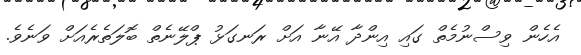
އެހެން ވިސްނުމެތް ގައި އިންދާ އޭނާ އަށް ރަނގަޅު ޕްލޭނެތް ބޮލަތެރެއަށް ވަނެވެ.